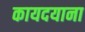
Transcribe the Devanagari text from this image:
कायदयाना